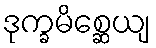
ဒုက္ခမိစ္ဆေယျ